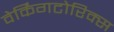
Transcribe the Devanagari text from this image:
वेर्किंगटोरिक्स